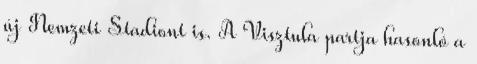
új Nemzeti Stadiont is. A Visztula partja hasonló a